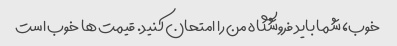
خوب، شما باید فروشگاه من را امتحان کنید. قیمت ها خوب است